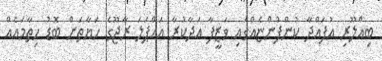
ބިއްލޫރި އުފައްދާ ކުންފުންޏެއްގައި ވަޒީފާ އަދާކުރާ އައްޕަލަ ރާޖޫގެ ހަޔާތަށް ބޮޑު ހިތާމައެއް